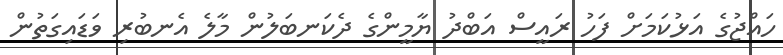
ހައްޖުގެ އަޅުކަމަށް ފަހު ރައީސް އަބްދު ޔާމީންގެ ދެކަނބަލުން މާލެ އެނބުރި ވަޑައިގަތުން